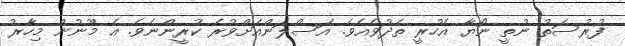
ފުރުސަތު ނުތީ ނޯޔާ އެހުރީ ތެދުވެއެވެ. އަސްލަންއަށްވުރެ ކުރީންނެވެ. އެ މޫނުން މިހާރު